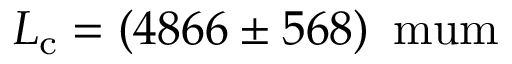
L _ { \mathrm { c } } = ( 4 8 6 6 \pm 5 6 8 ) \, \mathrm { \ m u m }